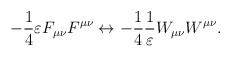
\begin{align*}-\frac{1}{4} \varepsilon F_{\mu\nu} F^{\mu\nu} \leftrightarrow -\frac{1}{4} \frac{1}{\varepsilon}W_{\mu\nu}W^{\mu\nu} .\end{align*}